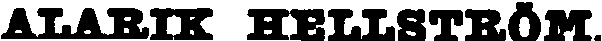
ALARIK HELLSTRÖM.